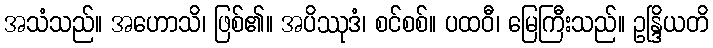
အသံသည်။ အဟောသိ၊ ဖြစ်၏။ အပိဿုဒံ၊ စင်စစ်။ ပထဝီ၊ မြေကြီးသည်။ ဥန္ဒြိယတိ